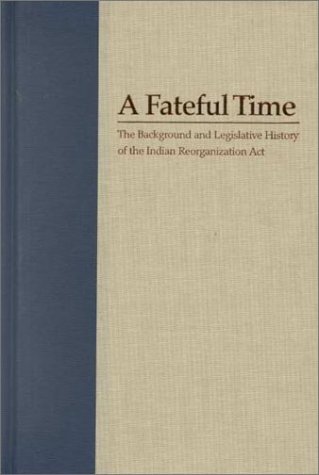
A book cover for A Fateful Time: The Background and Legislative History of the Indian Reorganization Act; Elmer R. Rusco; Law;